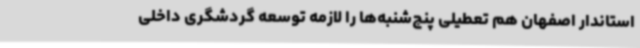
استاندار اصفهان هم تعطیلی پنج‌شنبه‌ها را لازمه توسعه گردشگری داخلی